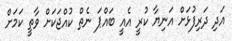
އަދި ދަރިފުޅަށް އަނިޔާ ކުރީ އެއީ ބައްޕަ ނެތް ކުއްޖަކަށް ވާތީ ކަމަށް